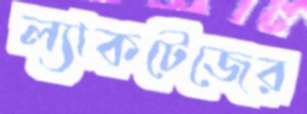
ল্যাকটেজের